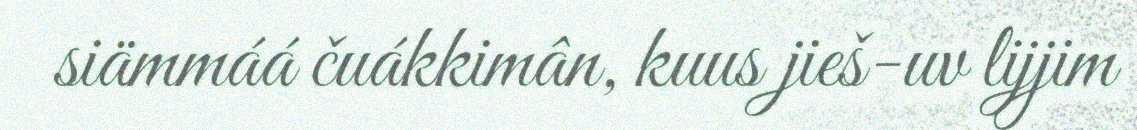
siämmáá čuákkimân, kuus jieš-uv lijjim